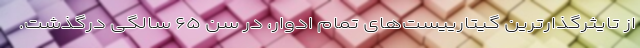
از تایثرگذارترین گیتارییست‌های تمام ادوار، در سن ۶۵ سالگی درگذشت.